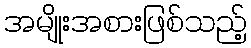
အမျိုးအစားဖြစ်သည့်